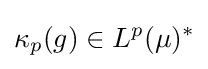
\kappa _{p}(g)\in L^{p}(\mu )^{*}